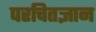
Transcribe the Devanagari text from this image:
परचितज्ञान